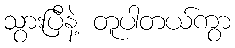
သွားပြီနဲ့ တူပါတယ်ကွာ